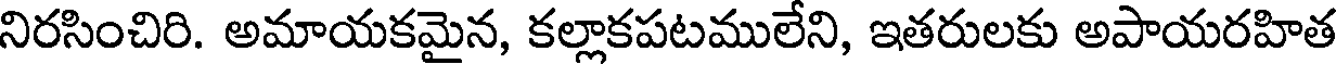
నిరసించిరి. అమాయకమైన, కల్లాకపటములేని, ఇతరులకు అపాయరహిత